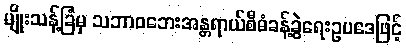
မျိုးသန့်ခြံမှ သဘာဝဘေးအန္တရာယ်စီမံခန့်ခွဲရေးဥပဒေဖြင့်